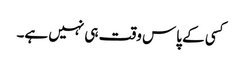
کسی کے پاس وقت ہی نہیں ہے۔